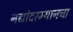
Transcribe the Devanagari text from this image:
नद्यांदरम्यानचा